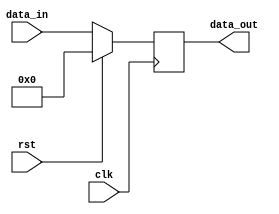
module buffer (
    input wire clk,
    input wire rst,
    input wire [7:0] data_in,
    output reg [7:0] data_out
);

always @(posedge clk) begin
    if (rst) begin
        data_out <= 8'b0;
    end else begin
        data_out <= data_in;
    end
end

endmodule